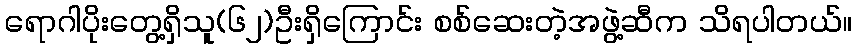
ရောဂါပိုးတွေ့ရှိသူ(၆၂)ဦးရှိကြောင်း စစ်ဆေးတဲ့အဖွဲ့ဆီက သိရပါတယ်။